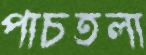
পাচতলা